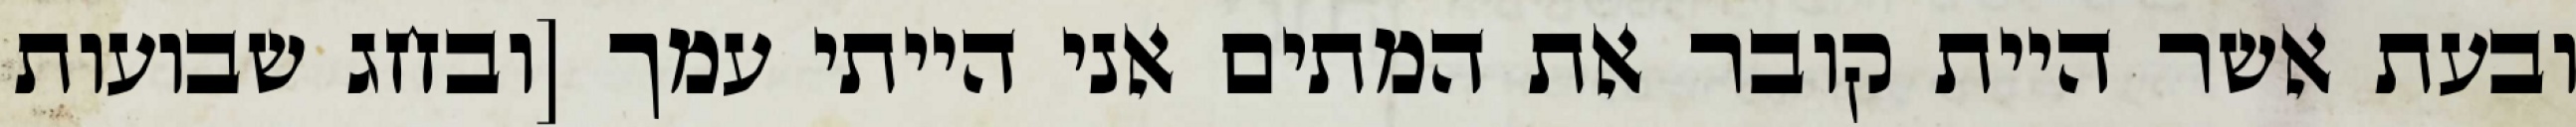
ובעת אשר היית קובר את המתים אני הייתי עמך [ובחג שבועות